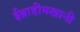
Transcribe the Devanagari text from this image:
ईब्राहीमखानी